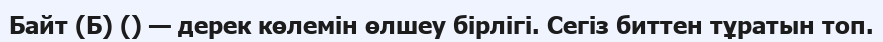
Байт (Б) () — дерек көлемін өлшеу бірлігі. Сегіз биттен тұратын топ.